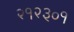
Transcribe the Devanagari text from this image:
२१२३०१